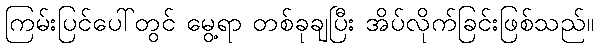
ကြမ်းပြင်ပေါ်တွင် မွေ့ရာ တစ်ခုချပြီး အိပ်လိုက်ခြင်းဖြစ်သည်။